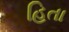
હિતા